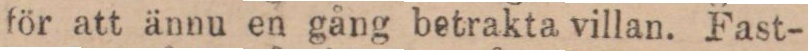
för att ännu en gång betrakta villan. Fast-